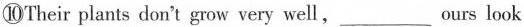
⑩Their plants don't grow very well,___ ours look